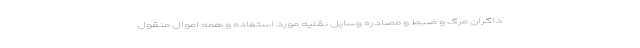
داگران مرگ و ضبط و مصادره وسایل نقلیه مورد استفاده و همه اموال منقول